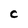
Character: C